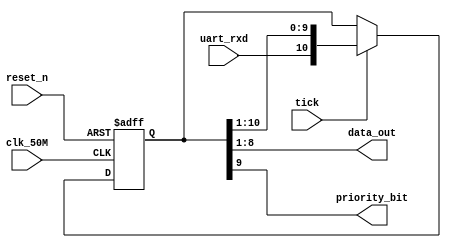
module shift_reg_sipo( //Serial in Parallel out
	input clk_50M,
	input reset_n,
	input uart_rxd,			//RxD input
	input tick,					//9600Hz input
	output [7:0] data_out,	//Data Captured
	output priority_bit		//Data Captured Priority Bit

);
	
	reg [10:0] data;
	
	always@(posedge clk_50M,negedge reset_n)begin
		if(!reset_n) data <= 11'd0;
		else if(tick)data <= {uart_rxd,data[10:1]};
		else data <= data;
	end
	
	assign data_out = data[8:1];
	assign priority_bit = data[9];
	
	
	
	
endmodule